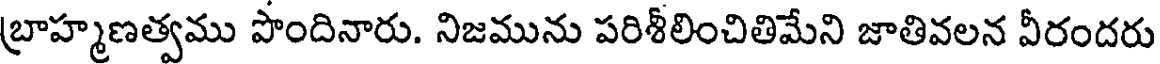
బ్రాహ్మణత్వము పొందినారు. నిజమును పరిశీలించితిమేని జాతివలన వీరందరు